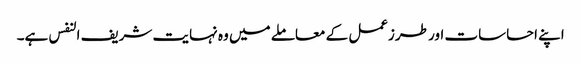
اپنے احساسات اور طرزعمل کے معاملے میں وہ نہایت شریف النفس ہے۔